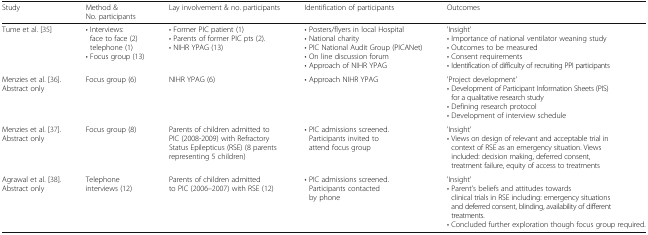
| Study | Method & No. participants | Lay involvement & no. participants | Identification of participants | Outcomes |
 | --- | --- | --- | --- | --- |
 | Tume et al. [35] | • Interviews: face to face (2) telephone (1)• Focus group (13) | • Former PIC patient (1)• Parents of former PIC pts (2).• NIHR YPAG (13) | • Posters/flyers in local Hospital• National charity• PIC National Audit Group (PICANet)• On line discussion forum• Approach of NIHR YPAG | 'Insight'• Importance of national ventilator weaning study• Outcomes to be measured• Consent requirements• Identification of difficulty of recruiting PPI participants |
 | Menzies et al. [36].Abstract only | Focus group (6) | NIHR YPAG (6) | • Approach NIHR YPAG | 'Project development'• Development of Participant Information Sheets (PIS) for a qualitative research study• Defining research protocol• Development of interview schedule |
 | Menzies et al. [37].Abstract only | Focus group (8) | Parents of children admitted to PIC (2008-2009) with Refractory Status Epilepticus (RSE) (8 parents representing 5 children) | • PIC admissions screened. Participants invited to attend focus group | 'Insight'• Views on design of relevant and acceptable trial in context of RSE as an emergency situation. Views included: decision making, deferred consent, treatment failure, equity of access to treatments |
 | Agrawal et al. [38].Abstract only | Telephone interviews (12) | Parents of children admitted to PIC (2006–2007) with RSE (12) | • PIC admissions screened. Participants contacted by phone | 'Insight'• Parent’s beliefs and attitudes towards clinical trials in RSE including: emergency situations and deferred consent, blinding, availability of different treatments.• Concluded further exploration though focus group required. |